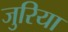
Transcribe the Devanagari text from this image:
जुरिया